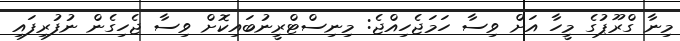
މިނާ ގްރޫޕުގެ މީހާ އަށް ވިސާ ހަމަޖެހިއްޖެ: މިނިސްޓްރީނުބައިކޮށް ވިސާ ޖެހިގެން ނުފުރިފައި